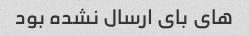
های بای ارسال نشده بود